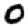
Digit: 0